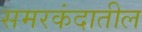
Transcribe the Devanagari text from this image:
समरकंदातील